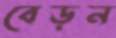
বেড়ন